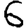
Digit: 6